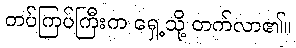
တပ်ကြပ်ကြီးက ရှေ့သို့ တက်လာ၏။